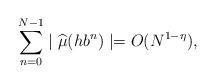
LaTeX: \begin{align*}\sum\limits^{N-1}_{n=0}\mid\widehat{\mu}(h b^n)\mid=O(N^{1-\eta}),\end{align*}